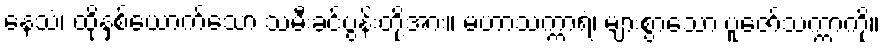
နေသံ၊ ထိုနှစ်ယောက်သော သမီးခင်ပွန်းတို့အား။ မဟာသက္ကာရံ၊ များစွာသော ပူဇော်သက္ကာကို။